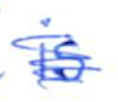
Text: is
Cross-out: scratch
Writing tool: ballpoint